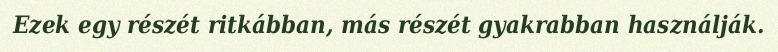
Ezek egy részét ritkábban, más részét gyakrabban használják.